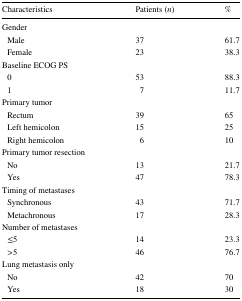
<table><thead><tr><td><b>Characteristics</b></td><td><b>Patients (<i>n</i>)</b></td><td><b>%</b></td></tr></thead><tbody><tr><td>Gender</td><td></td><td></td></tr><tr><td> Male</td><td>37</td><td>61.7</td></tr><tr><td> Female</td><td>23</td><td>38.3</td></tr><tr><td>Baseline ECOG PS</td><td></td><td></td></tr><tr><td> 0</td><td>53</td><td>88.3</td></tr><tr><td> 1</td><td>7</td><td>11.7</td></tr><tr><td>Primary tumor</td><td></td><td></td></tr><tr><td> Rectum</td><td>39</td><td>65</td></tr><tr><td> Left hemicolon</td><td>15</td><td>25</td></tr><tr><td> Right hemicolon</td><td>6</td><td>10</td></tr><tr><td>Primary tumor resection</td><td></td><td></td></tr><tr><td> No</td><td>13</td><td>21.7</td></tr><tr><td> Yes</td><td>47</td><td>78.3</td></tr><tr><td>Timing of metastases</td><td></td><td></td></tr><tr><td> Synchronous</td><td>43</td><td>71.7</td></tr><tr><td> Metachronous</td><td>17</td><td>28.3</td></tr><tr><td>Number of metastases</td><td></td><td></td></tr><tr><td> ≤5</td><td>14</td><td>23.3</td></tr><tr><td> &gt;5</td><td>46</td><td>76.7</td></tr><tr><td>Lung metastasis only</td><td></td><td></td></tr><tr><td> No</td><td>42</td><td>70</td></tr><tr><td> Yes</td><td>18</td><td>30</td></tr></tbody></table>